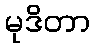
မုဒိတာ